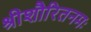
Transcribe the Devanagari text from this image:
श्रीशौरितनमः